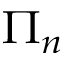
\Pi _ { n }